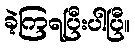
ခဲ့ကြရပြီးပါပြီ။